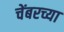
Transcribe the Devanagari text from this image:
चेंबरच्या